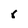
Character: 6